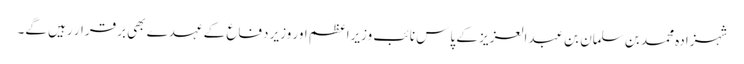
شہزادہ محمد بن سلمان بن عبدالعزیز کے پاس نائب وزیراعظم اور وزیر دفاع کے عہدے بھی برقرار رہیں گے۔